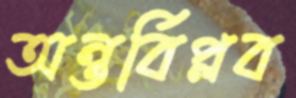
অন্তর্বিপ্লব